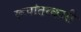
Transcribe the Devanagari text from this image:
रूपांतरकारी